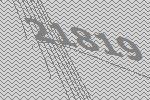
21819